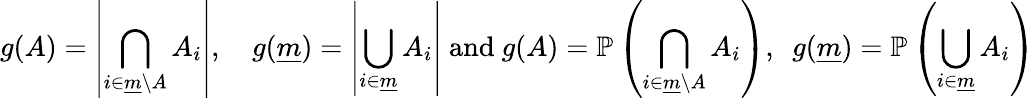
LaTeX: g(A)=\left|\bigcap_{i\in{\underline{{m}}}\setminus A}A_{i}\right|,\quad g({\underline{{m}}})=\left|\bigcup_{i\in{\underline{{m}}}}A_{i}\right|{\mathrm{~and~}}g(A)=\mathbb{P}\left(\bigcap_{i\in{\underline{{m}}}\setminus A}A_{i}\right),~~g({\underline{{m}}})=\mathbb{P}\left(\bigcup_{i\in{\underline{{m}}}}A_{i}\right)